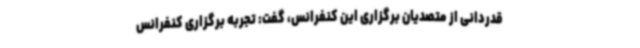
قدردانی از متصدیان برگزاری این کنفرانس، گفت: تجربه برگزاری کنفرانس